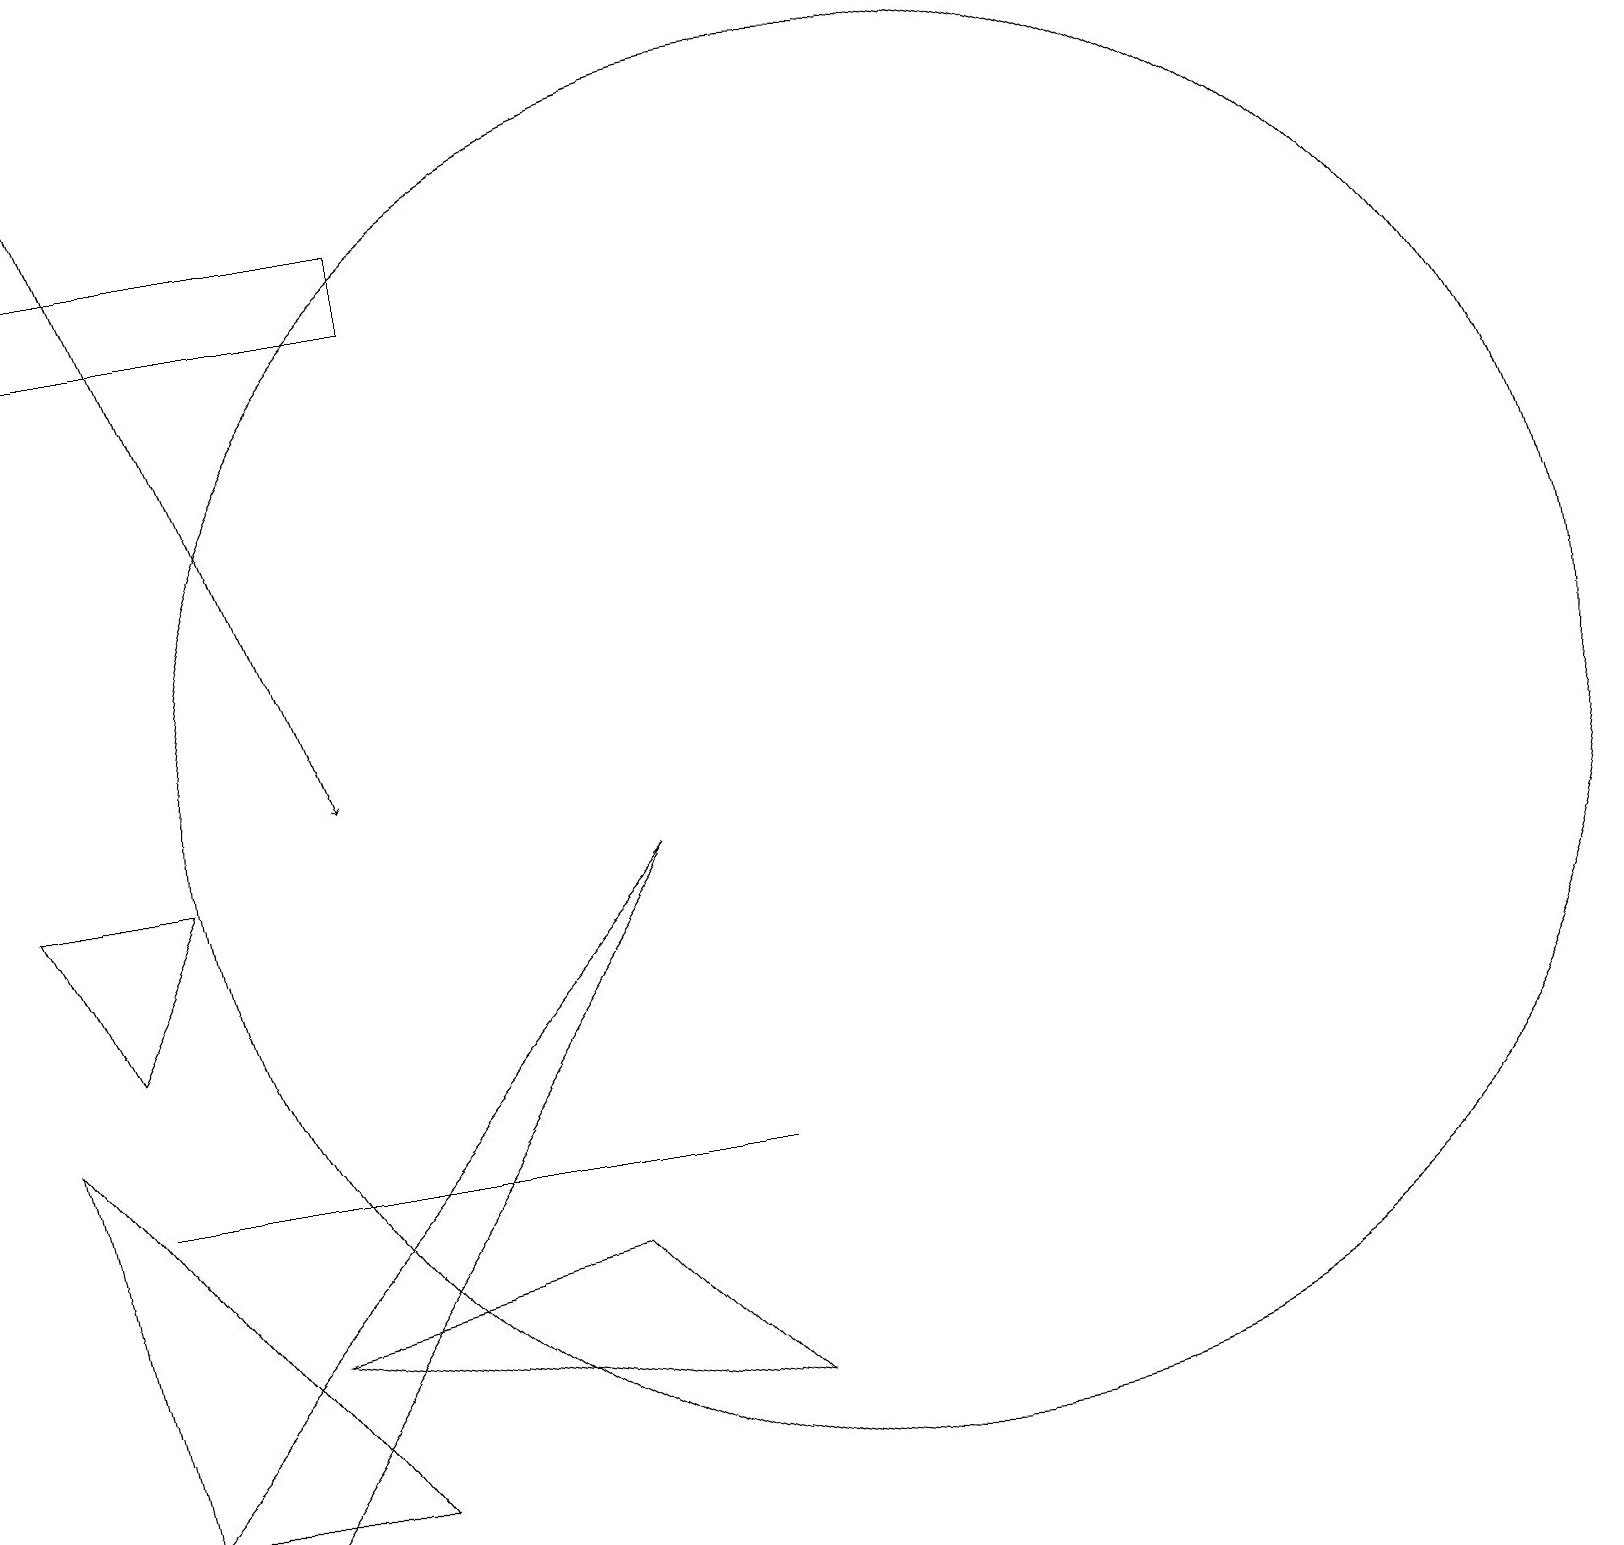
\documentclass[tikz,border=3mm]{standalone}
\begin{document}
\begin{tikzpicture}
\draw[->] (1,18) -- (4,10);
\draw (1,7) -- (2,9) -- (0,9) -- cycle;
\draw (8,9) -- (1,1) -- (2,0) -- cycle;
\draw (11,10) circle (9);
\draw (9,2) -- (3,3) -- (7,4) -- cycle;
\draw (3,5) -- (1,5) -- (9,5) -- cycle;
\draw (0,6) -- (4,1) -- (1,1) -- cycle;
\draw (5,16) rectangle (0,17);
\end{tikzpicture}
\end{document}